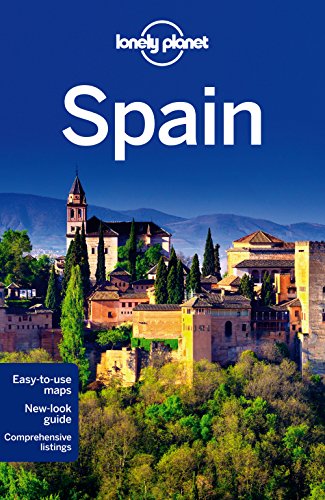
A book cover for Lonely Planet Spain (Travel Guide); Lonely Planet; Travel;